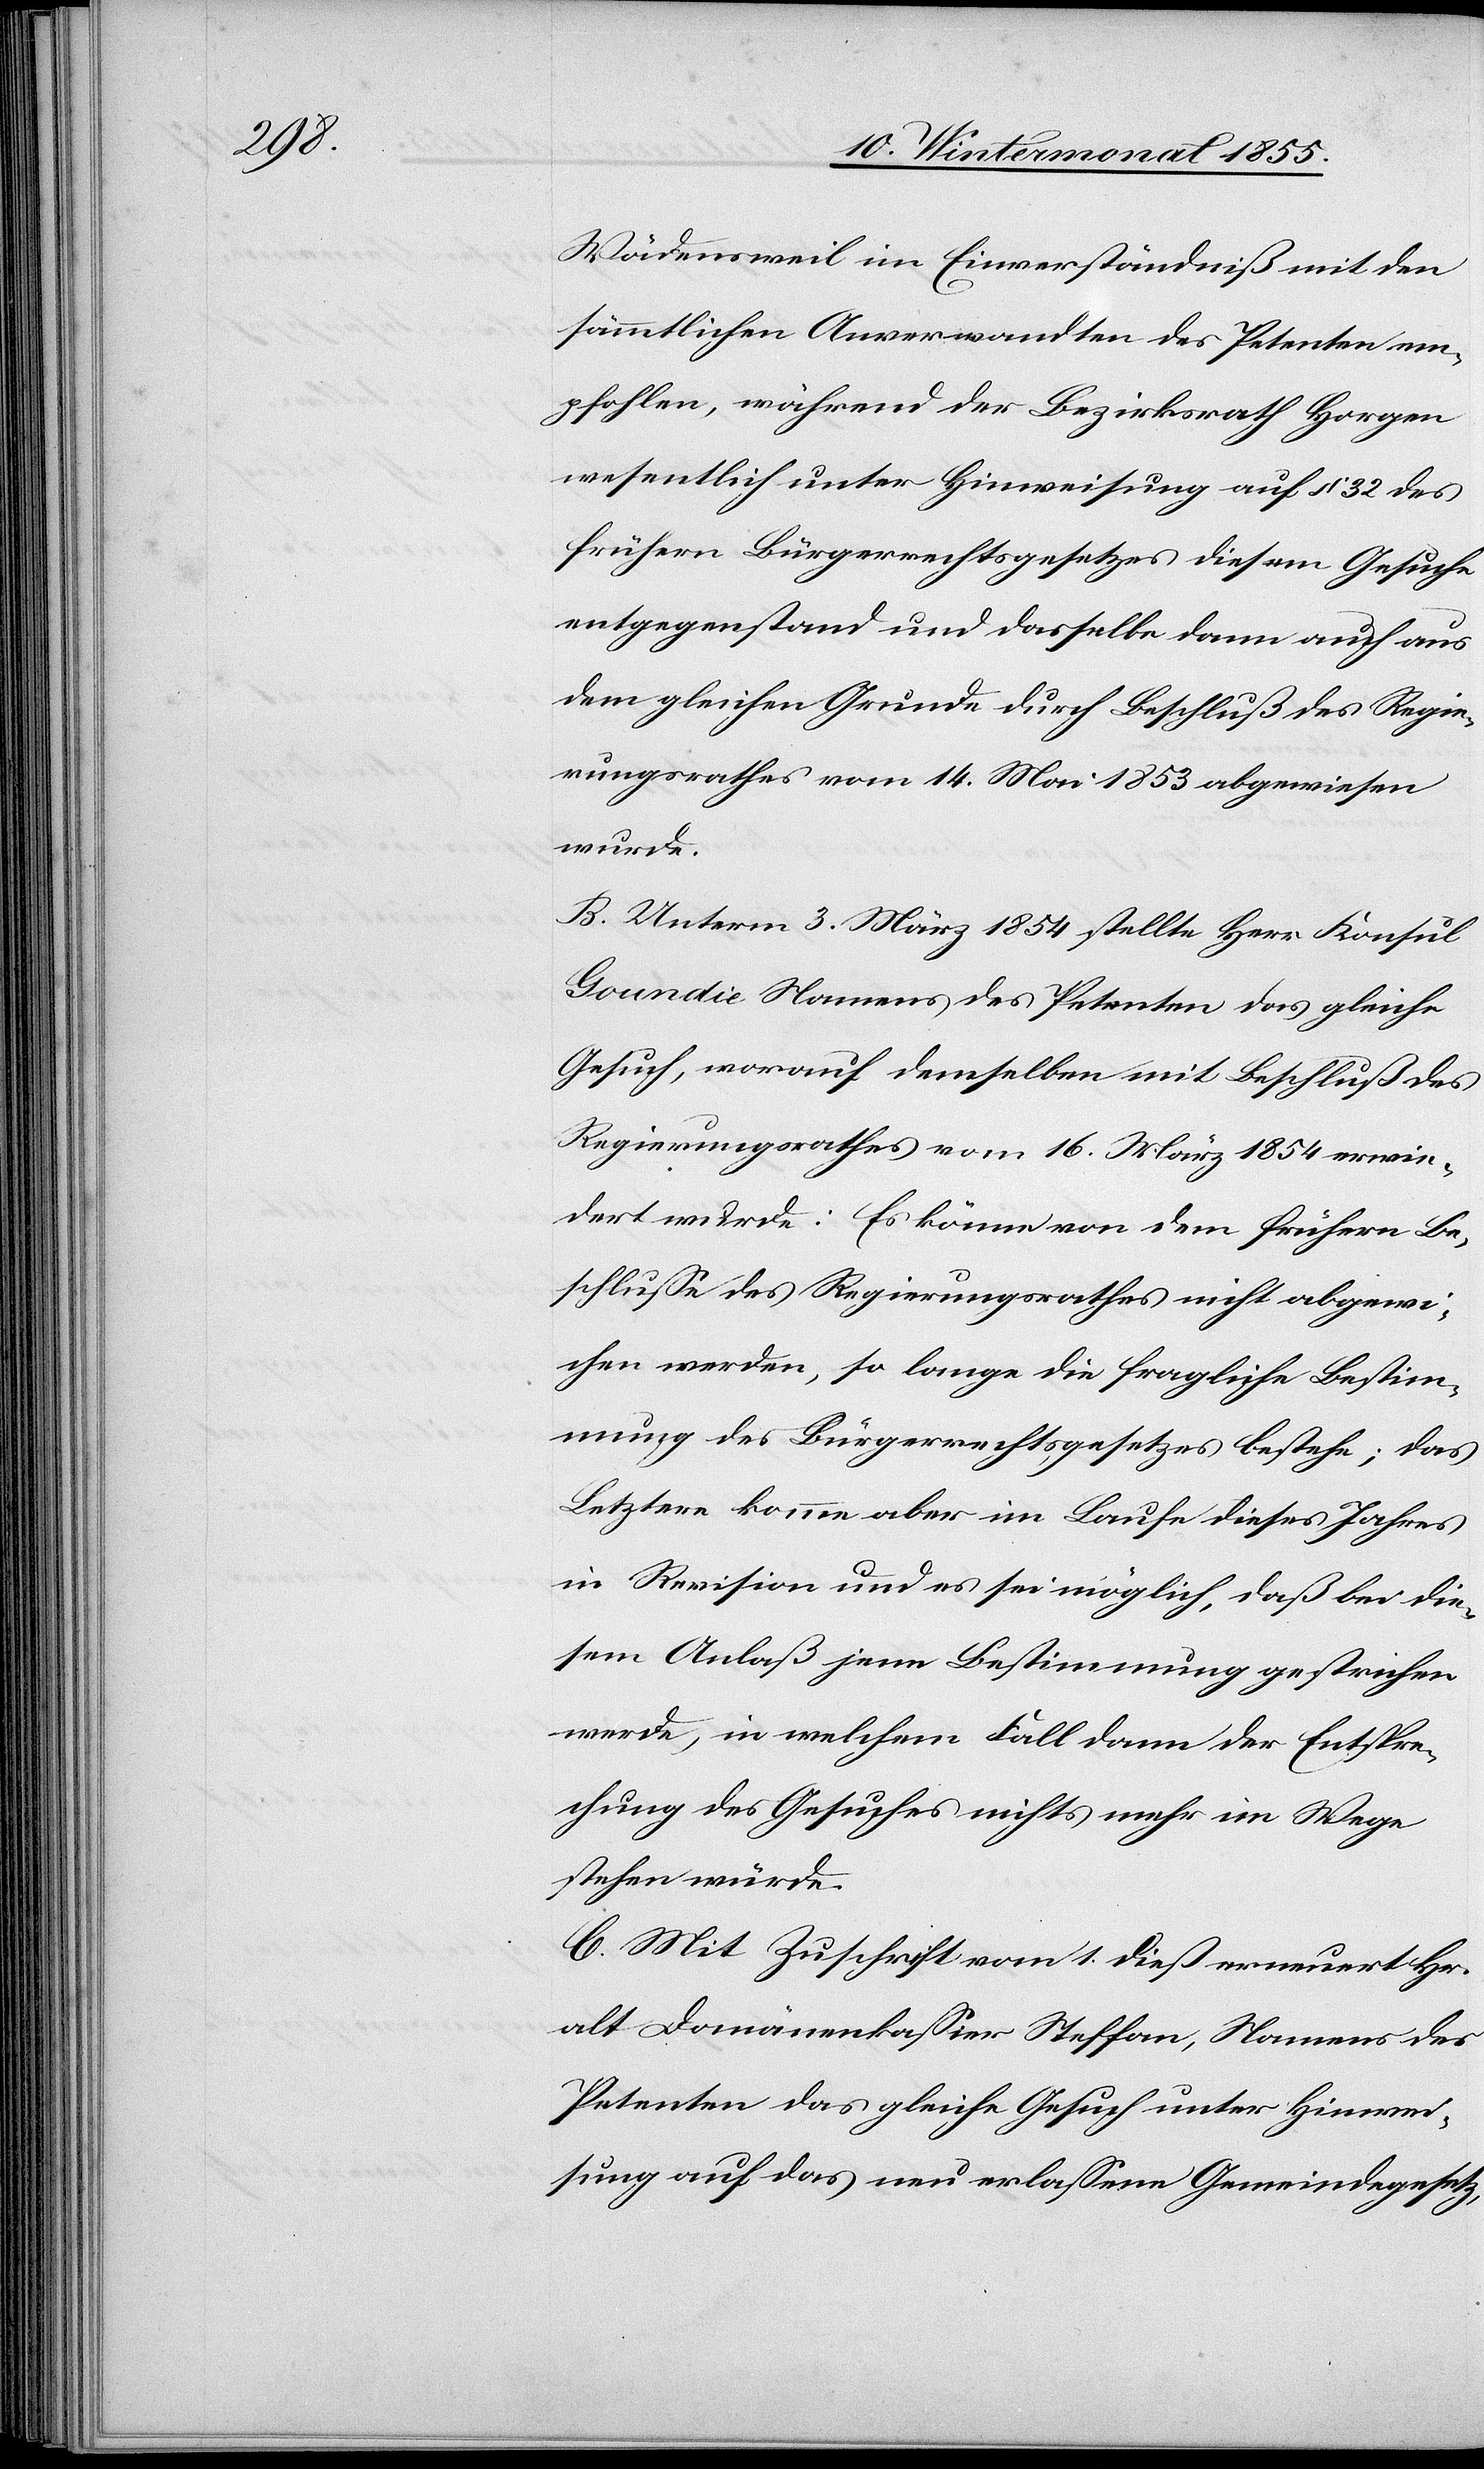
Wädensweil im Einverständniß mit den
sämmtlichen Anverwandten des Petenten em¬
pfohlen, während der Bezirksrath Horgen
wesentlich unter Hinweisung auf § 32 des
frühern Bürgerrechtsgesetzes diesem Gesuche
entgegenstand und dasselbe dann auch aus
dem gleichen Grunde durch Beschluß des Regie¬
rungsrathes vom 14. Mai 1853 abgewiesen
wurde.
B. Unterm 3. März 1854 stellte Herr Konsul
Goundie Namens des Petenten das gleiche
Gesuch, worauf demselben mit Beschluß des
Regierungsrathes vom 16. März 1854 erwie¬
dert wurde: Es könne von dem frühern Be¬
schlusse des Regierungsrathes nicht abgewi¬
chen werden, so lange die fragliche Bestim¬
mung des Bürgerrechtsgesetzes bestehe; das
Letztere komme aber im Laufe dieses Jahres
in Revision und es sei möglich, daß bei die¬
sem Anlaß jene Bestimmung gestrichen
werde, in welchem Fall dann der Entspre¬
chung des Gesuches nichts mehr im Wege
stehen würde.
C. Mit Zuschrift vom 1. dieß erneuert Hr.
alt Domänenkassier Steffan, Namens des
Petenten das gleiche Gesuch unter Hinwei¬
sung auf das neu erlassene Gemeindegesetz,